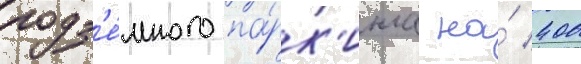
подз'е́много па́рк'инга на́ 400